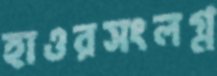
হাওরসংলগ্ন